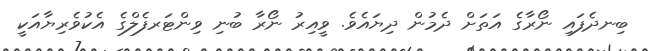
ބިނދެފައި ނޯރާގެ އަތަށް ދެމުން ދިޔައެވެ. ވީއިރު ނޯރާ ބުނި ވިންޓަރފެލްގެ އެކުވެރިޔާއަކީ